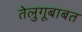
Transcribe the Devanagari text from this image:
तेलुगूबाबत